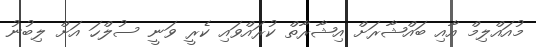
މުއައްލިމް އާއި ބައްޝާރަށް އިޝާރާތް ކުރައްވައި ކެރީ ވަނީ ސުލްހަ އަށް ލިބުނު